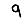
Digit: 9